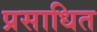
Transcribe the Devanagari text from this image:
प्रसाधित